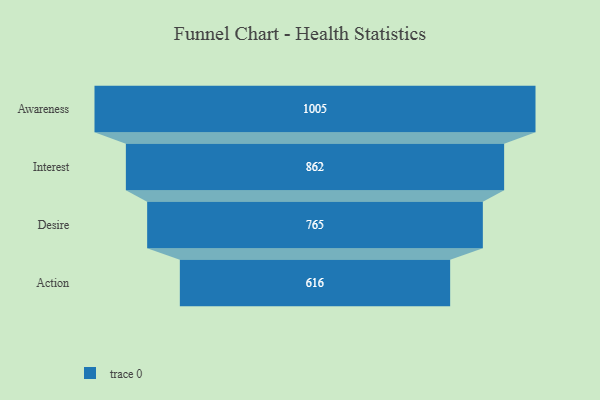
{"axis": {"x": "Stage", "y": "Value"}, "legend": [""], "data": [{"x": "Awareness", "y": 1005.0, "type": ""}, {"x": "Interest", "y": 862.0, "type": ""}, {"x": "Desire", "y": 765.0, "type": ""}, {"x": "Action", "y": 616.0, "type": ""}]}